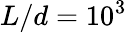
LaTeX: L/d=10^{3}